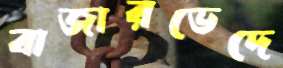
বাজারভেদে